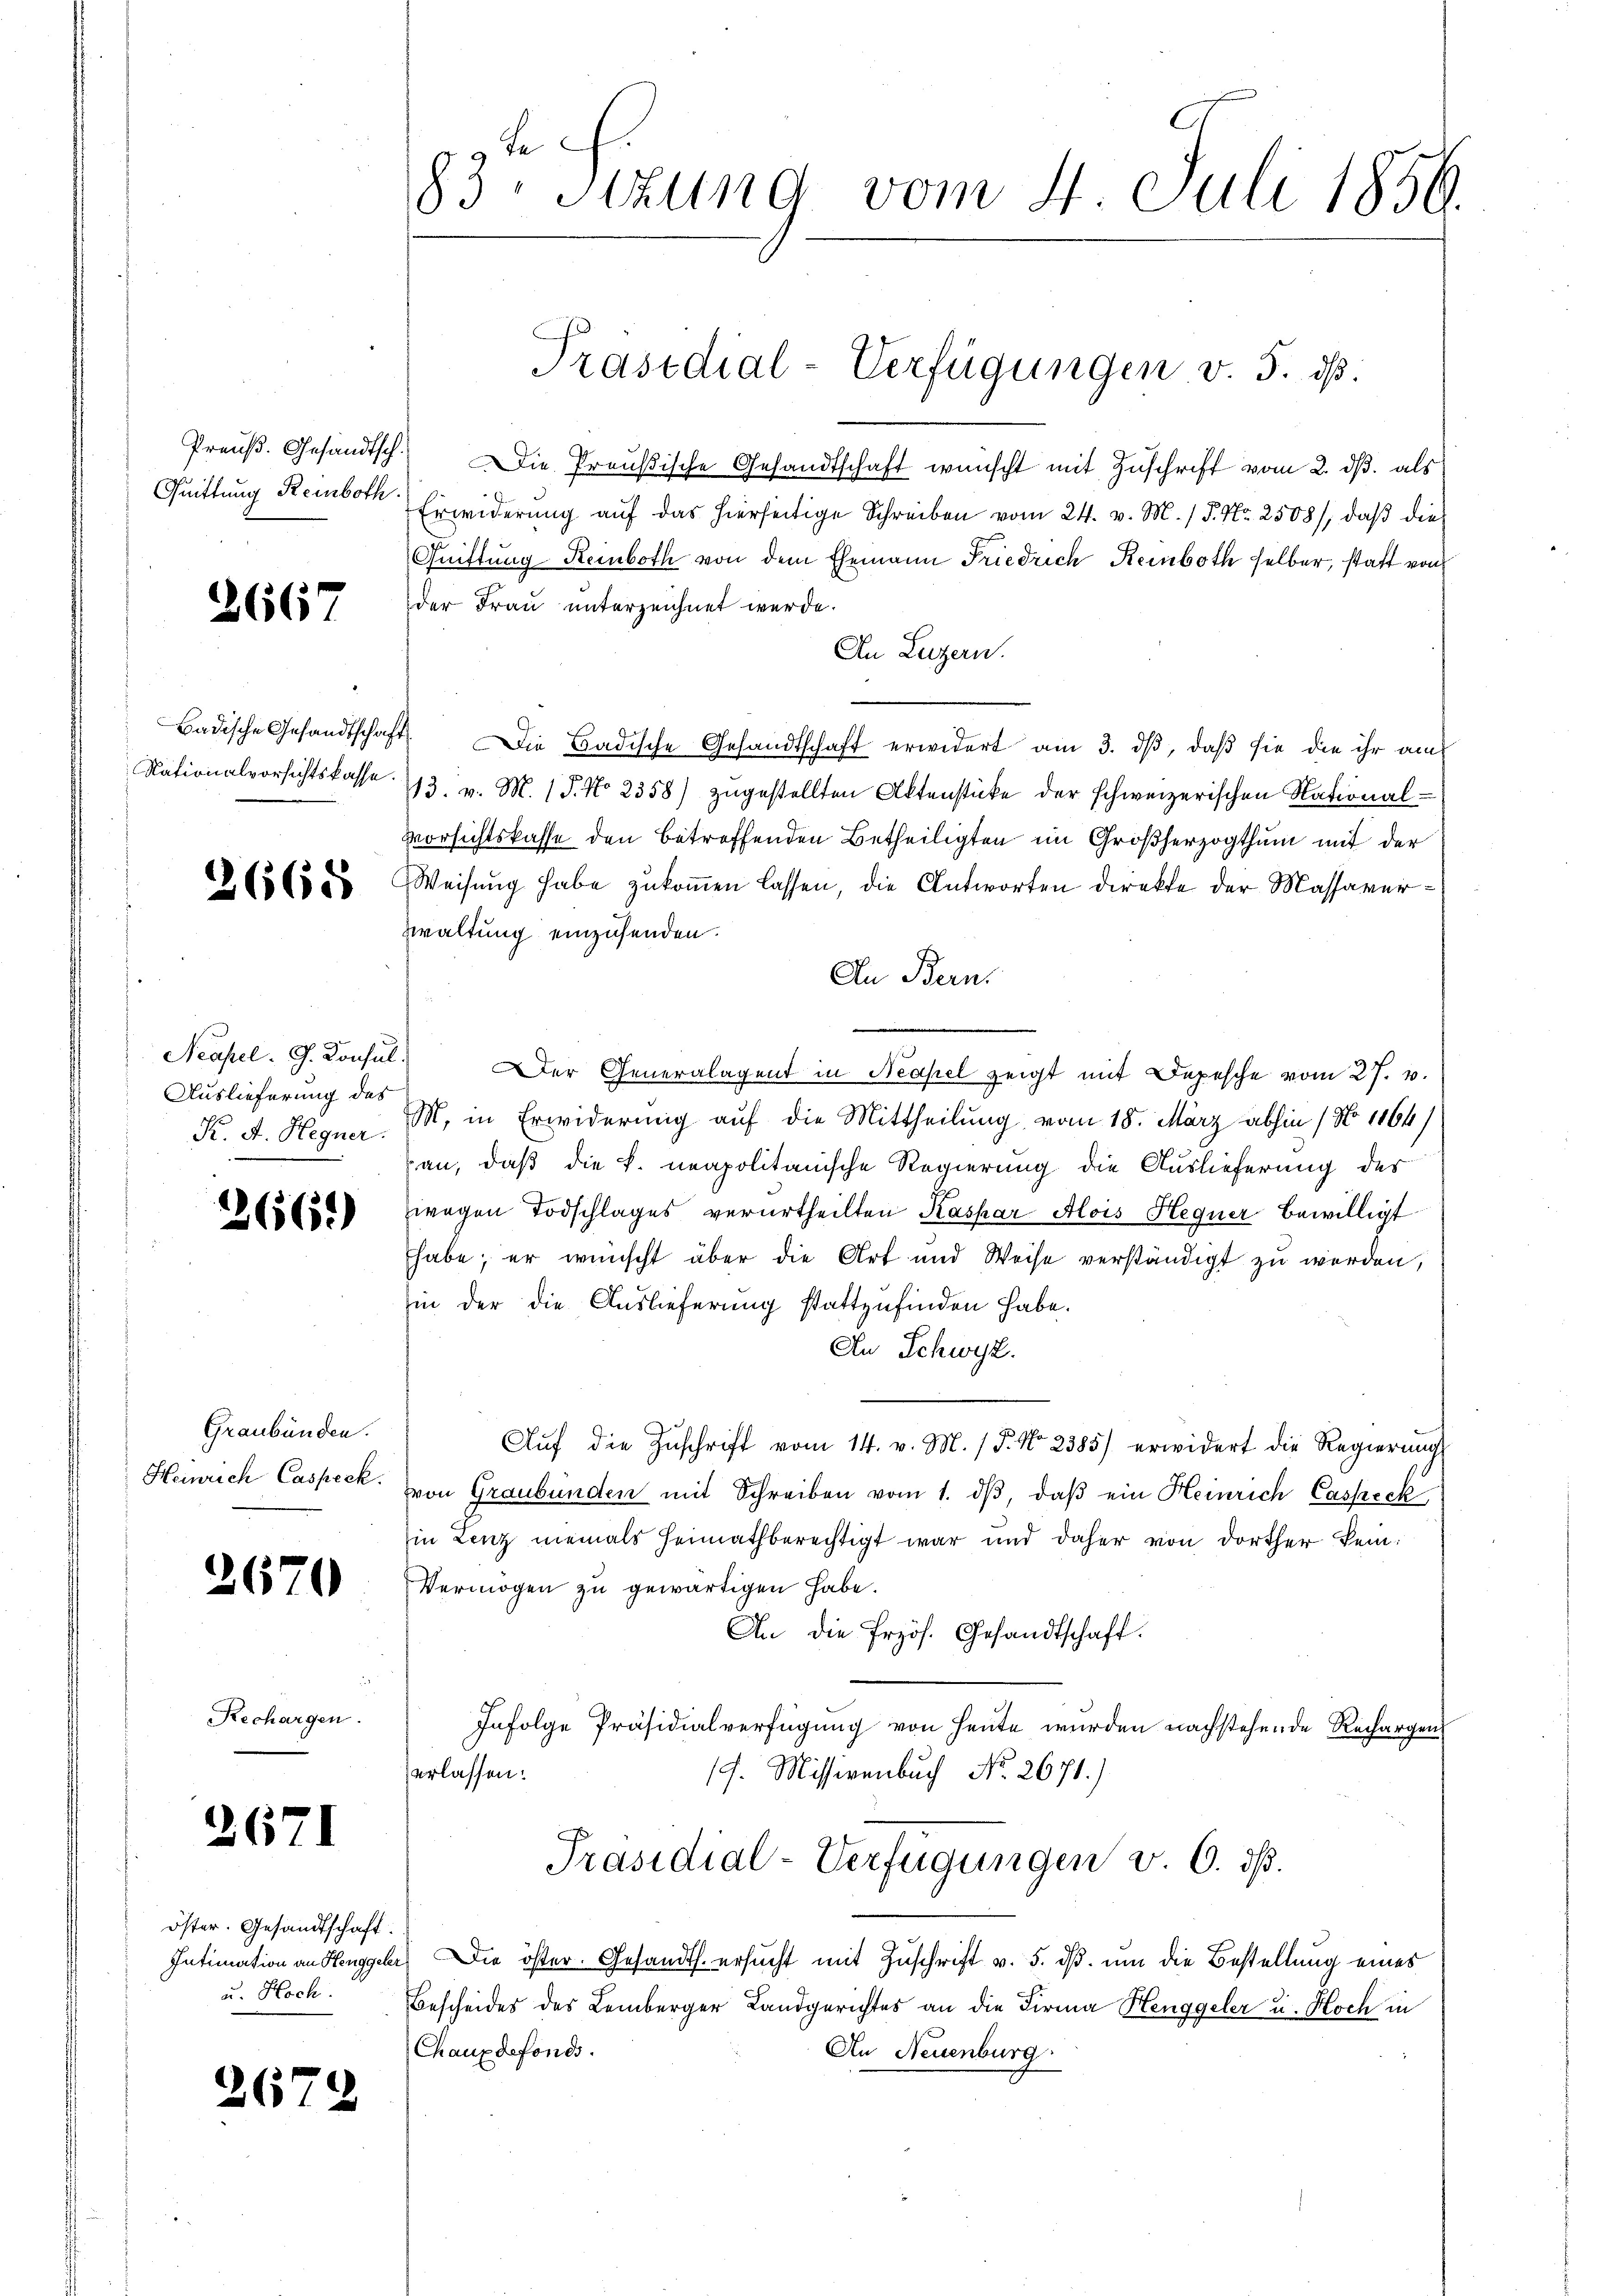
Preuß. Gesandtsch.
Quittung Reinboth

2667

Badische Gesandtscha
Nationalvorsichtskasse.

2668

Neapel. G. Konsul
Auslieferung des
K. A. Hegner.

266)

Graubünden.
Heinrich Caspeck.

2670

Rechargen

2671

öster. Gesandtschaft.
Intimation an Henggeler
u. Hoch.

267.

83. Sizung vom 4. Juli 1856.

Die Preußische Gesandtschaft wünscht mit Zuschrift vom 2. ds. als
Erwiderung auf das hierseitige Schreiben vom 24. v. M. / P. Nr. 2508), daß die
Quittung-Reinboth von dem Ehemann Friedrich Reinboth selber, statt von
der Frau unterzeichnet werde.
In Luzern.
.
Die Badische Gesandtschaft erwidert am 3. dβ, daß sie die ihr am
13. v. M. 18. No 2358) zugestellten Aktenstücke der schweizerischen National¬
Vorsichtskasse den betreffenden Betheiligten im Großherzogthum mit der
Weisung habe zukommen lassen, die Antworten direkte der Massaverwaltung einzusenden.
An Bern.
e
Der Generalagent in Neapel zeigt mit Depesche vom 27. v.
M. in Erwiderung auf die Mittheilung, vom 18. März abhin / No 1164)
an, daß die k. neapolitanische Regierung die Auslieferung des
wegen Todschlages verurtheilten Kaspar Alois Hegner bewilligt
habe; er wünscht aber die Art und Weise verständigt zu werden,
in der die Auslieferung stattzufinden habe.
An Schwyz.
Aŭf die Zŭschrift vom 14. v. M. / 5. No 2385) erwidert die Regierŭng
von Graubünden mit Schreiben vom 1. dβ, daβ ein Heinrich Casseck
in Lenz niemals heimathberechtigt war und daher von dorther kein
Vermögen zu gewärtigen habe.
An die Erzös. Gesandtschaft.
Infolge Präsidialverfügung von heute wurden nachstehende Rechargen
erlassen:
17. Missivenbuch No. 2671.)
Präsidial-Verfügungen v. 6. dß.
Die öster. Gesandts. ersucht mit Zuschrift v. 5. dß. um die Bestellung eines
Bescheides des Lemberger Landgerichtes an die Firma Henggeler u. Koch in
Chaux defonds.
An Neuenburg.

Präsidial-Verfügungen v. 5. ds.